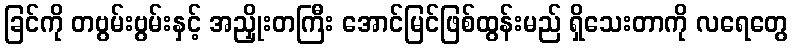
ခြင်ကို တဗွမ်းဗွမ်းနှင့် အညှိုးတကြီး အောင်မြင်ဖြစ်ထွန်းမည် ရှိသေးတာကို လရေတွေ